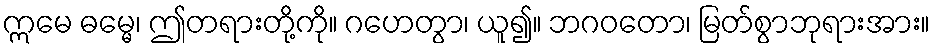
ဣမေ ဓမ္မေ၊ ဤတရားတို့ကို။ ဂဟေတွာ၊ ယူ၍။ ဘဂဝတော၊ မြတ်စွာဘုရားအား။